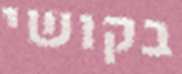
בקושי